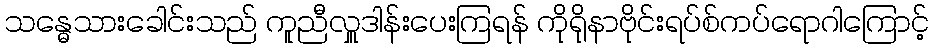
သန္ဓေသားခေါင်းသည် ကူညီလှူဒါန်းပေးကြရန် ကိုရိုနာဗိုင်းရပ်စ်ကပ်ရောဂါကြောင့်